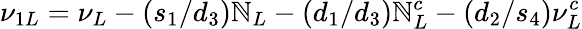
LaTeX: \nu_{1L}=\nu_{L}-(s_{1}/d_{3})\mathbb{N}_{L}-(d_{1}/d_{3})\mathbb{N}_{L}^{c}-(d_{2}/s_{4})\nu_{L}^{c}